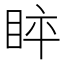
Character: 𱲵